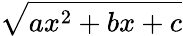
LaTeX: \sqrt{ax^{2}+bx+c}